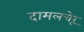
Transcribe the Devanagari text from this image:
दामलचेरू